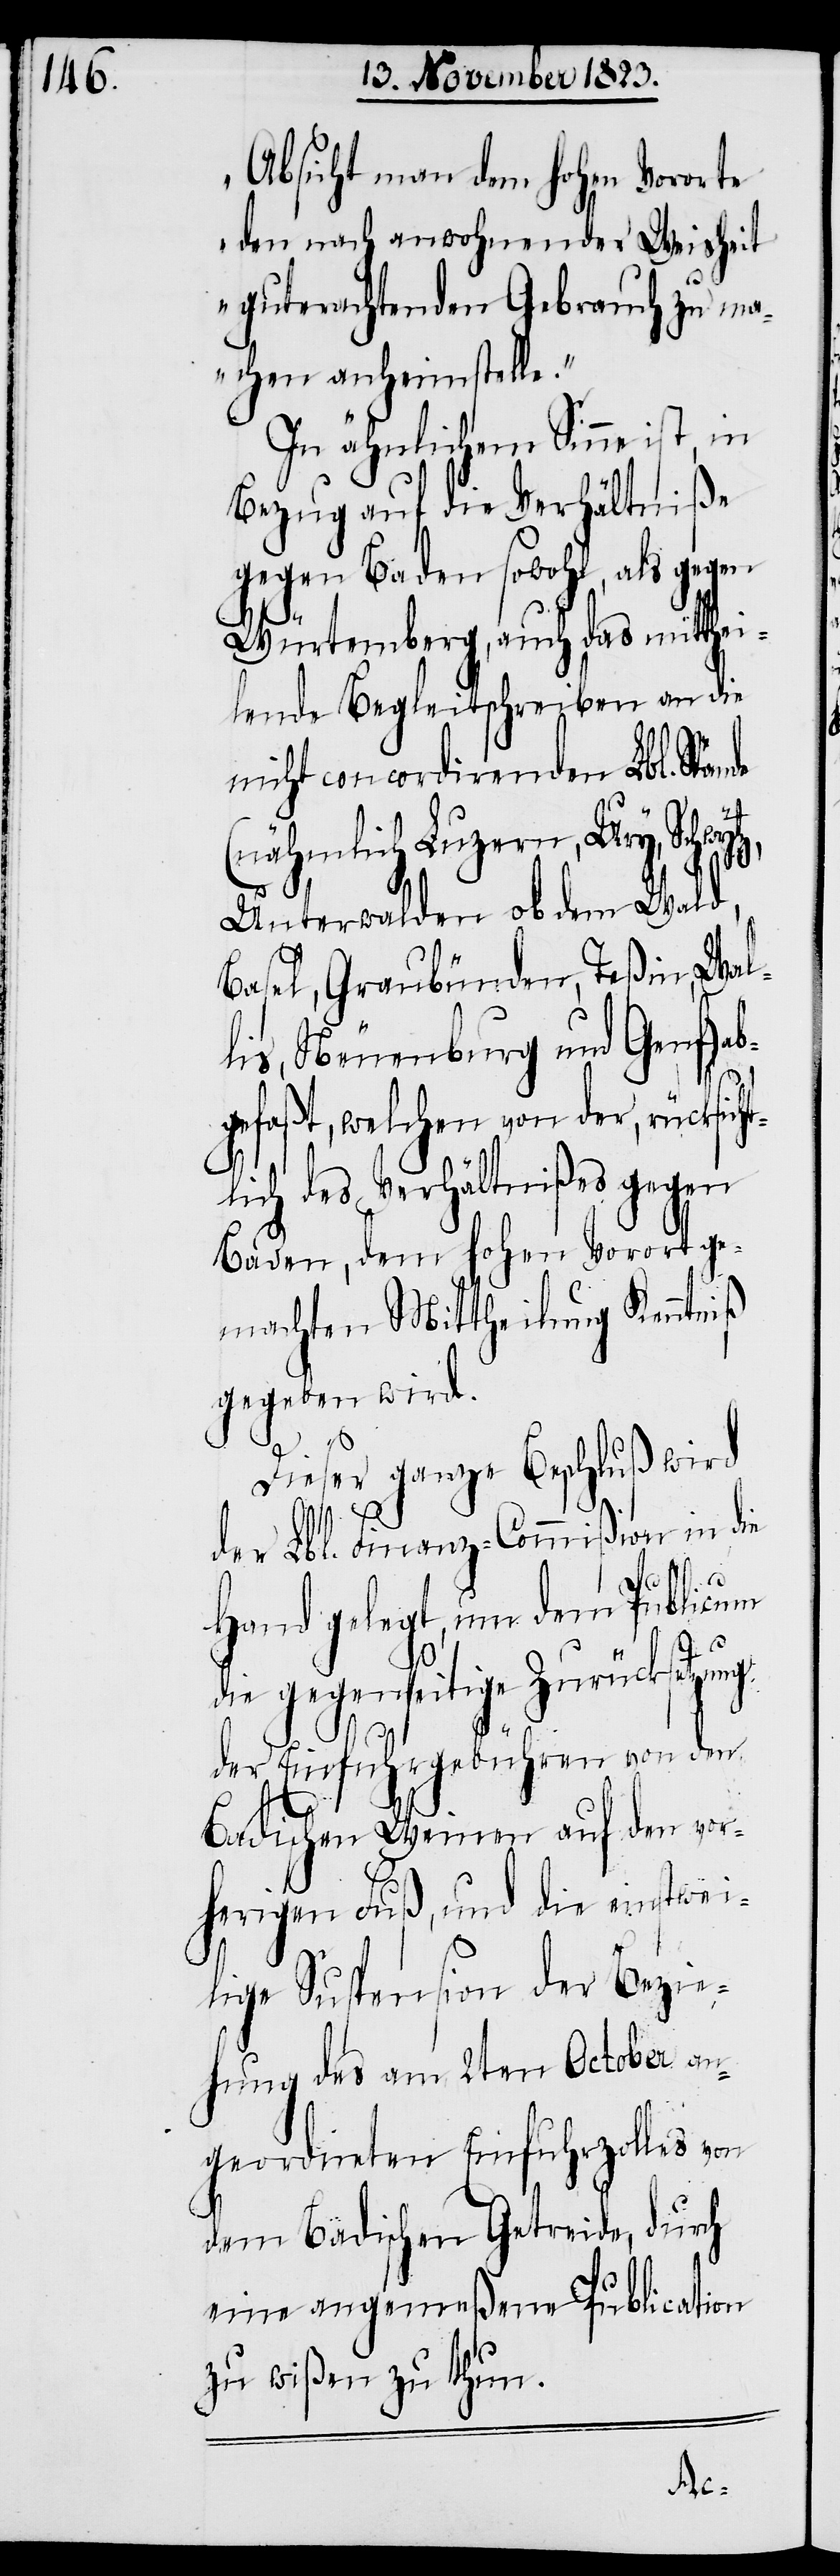
Absicht man dem hohen Vororte
den nach anwohnender Weisheit
guterachtenden Gebrauch zu ma¬
chen anheimstelle.“
In ähnlichem Sinne ist, in
Bezug auf die Verhältniße
gegen Baden sowohl, als gegen
Würtemberg, auch das mitthei¬
lende Begleitschreiben an die
nicht concordirenden Lbl. Stände
(nähmlich Luzern, Ury, Schwyt¬
z,
Unterwalden ob dem Wald,
Basel, Graubünden, Teßin, Wal¬
lis, Neuenburg und Genf)
gefaßt, welchen von der, rücksic¬
lich des Verhältnißes gegen
Baden, dem hohen Vorort ge¬
machten Mittheilung Kenntniß
gegeben wird.
Dieser ganze Beschluß wird
der Lbl. Finanz-Commißion in die
Hand gelegt, um dem Publicum
die gegenseitige Zurücksetzung
der Einfuhrgebühren von den
Badischen Weinen auf den vor¬
herigen Fuß, und die einstwei¬
lige Suspension der Bezie¬
hung des am 2ten October an¬
geordneten Einfuhrzolles von
dem Badischen Getreide, durch
eine angemeßene Publication
zu wißen zu thun.
ht¬